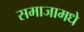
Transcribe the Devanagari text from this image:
समाजामधे